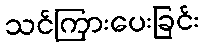
သင်ကြားပေးခြင်း